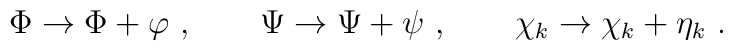
\Phi\to\Phi+\varphi \ , \qquad  \Psi\to\Psi+\psi \ , \qquad\chi_k\to\chi_k+\eta_k \ .